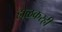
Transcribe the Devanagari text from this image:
होळकरही